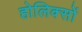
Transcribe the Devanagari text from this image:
होलिक्सों